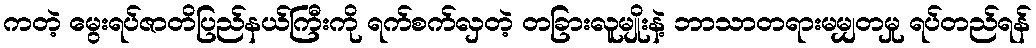
ကတဲ့ မွေးရပ်ဇာတိပြည်နယ်ကြီးကို ရက်စက်လှတဲ့ တခြားလူမျိုးနဲ့ ဘာသာတရားမမျှတမှု ရပ်တည်ရန်